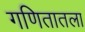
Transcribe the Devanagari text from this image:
गणितातला